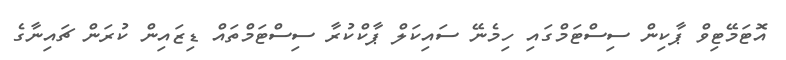
އޮޓަމޭޓިވް ޕާކިން ސިސްޓަމްގައި ހިމެނޭ ސައިކަލް ޕާކްކުރާ ސިސްޓަމްތައް ޑިޒައިން ކުރަން ޗައިނާގެ